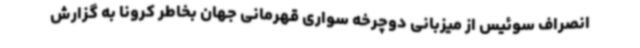
انصراف سوئیس از میزبانی دوچرخه سواری قهرمانی جهان بخاطر کرونا به گزارش